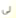
لي